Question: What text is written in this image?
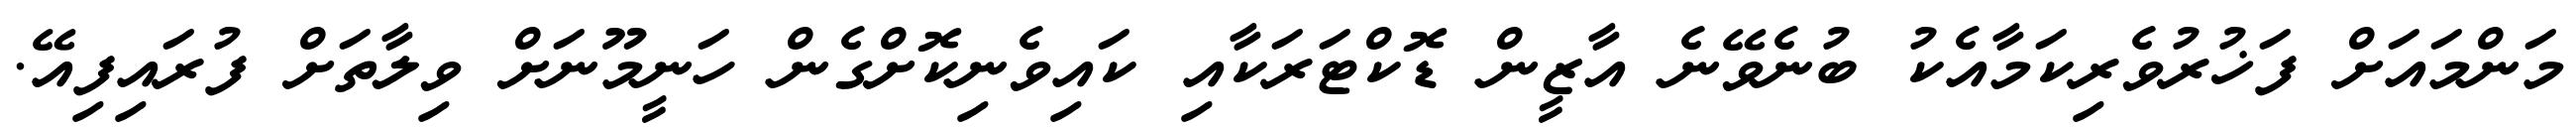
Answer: މަންމައަށް ފަޚުރުވެރިކަމާއެކު ބުނެވޭނެ އާޒީން ޑޮކްޓަރަކާއި ކައިވެނިކޮށްގެން ހަނީމޫނަށް ވިލާތަށް ފުރައިފިއޭ.